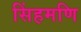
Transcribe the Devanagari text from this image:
सिंहमणि